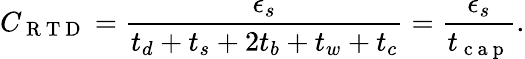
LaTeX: C_{\mathrm{~R~T~D~}}=\frac{\epsilon_{s}}{t_{d}+t_{s}+2t_{b}+t_{w}+t_{c}}=\frac{\epsilon_{s}}{t_{\mathrm{~c~a~p~}}}.